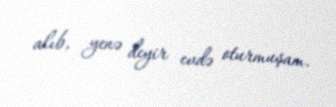
alıb, yenə deyir evdə oturmuşam.